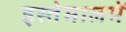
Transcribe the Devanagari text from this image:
इस्तेमालमें